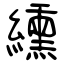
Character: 纁